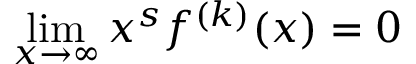
\operatorname* { l i m } _ { x \rightarrow \infty } x ^ { s } f ^ { ( k ) } ( x ) = 0